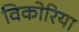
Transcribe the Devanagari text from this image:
विकोरिया